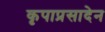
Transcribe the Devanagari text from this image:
कृपाप्रसादेन